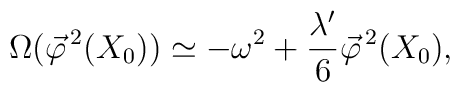
\Omega (\vec{\varphi}^{\, 2} (X_0)) \simeq - \omega^2 + \frac{\lambda'}{6} \vec{\varphi}^{\, 2} (X_0) ,